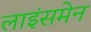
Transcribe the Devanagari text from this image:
लाइंसमेन